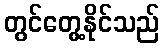
တွင်တွေ့နိုင်သည်